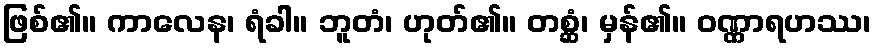
ဖြစ်၏။ ကာလေန၊ ရံခါ။ ဘူတံ၊ ဟုတ်၏။ တစ္ဆံ၊ မှန်၏။ ဝဏ္ဏာရဟဿ၊